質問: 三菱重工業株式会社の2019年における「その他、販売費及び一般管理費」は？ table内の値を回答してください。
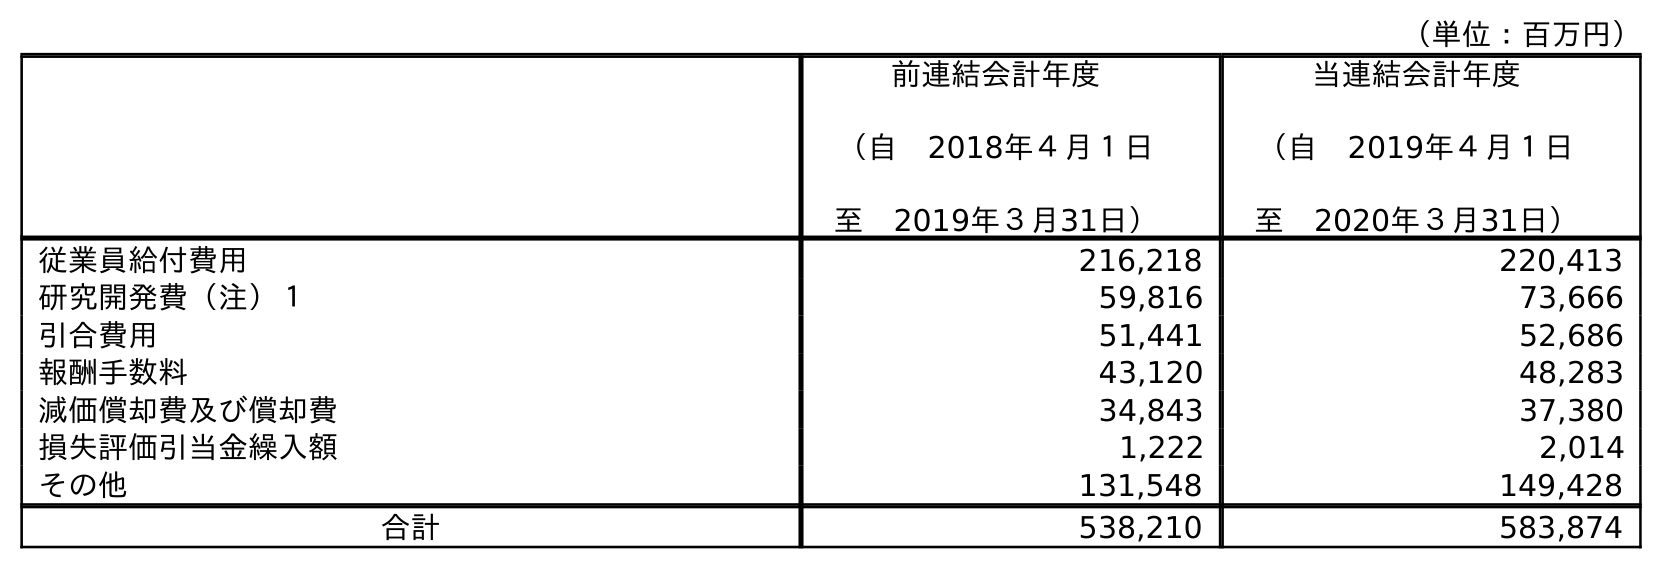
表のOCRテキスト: （単位：百万円） 前連結会計年度 （自 2018年４月１日 至 2019年３月31日） 当連結会計年度 （自 2019年４月１日 至 2020年３月31日） 従業員給付費用 216,218 220,413 研究開発費（注）１ 59,816 73,666 引合費用 51,441 52,686 報酬手数料 43,120 48,283 減価償却費及び償却費 34,843 37,380 損失評価引当金繰入額 1,222 2,014 その他 131,548 149,428 合計 538,210 583,874
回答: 131,548